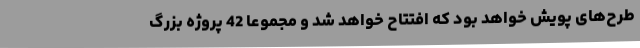
طرح‌های پویش خواهد بود که افتتاح خواهد شد و مجموعاً 42 پروژه بزرگ